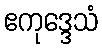
ဧကုဒ္ဒေသံ